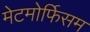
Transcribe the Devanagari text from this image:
मेटमोर्फिसम